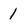
Character: 1